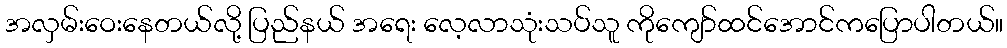
အလှမ်းဝေးနေတယ်လို့ ပြည်နယ် အရေး လေ့လာသုံးသပ်သူ ကိုကျော်ထင်အောင်ကပြောပါတယ်။